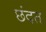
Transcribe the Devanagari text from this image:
छंदत